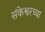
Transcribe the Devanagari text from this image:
संकेश्वरच्या